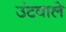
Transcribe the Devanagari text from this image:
उंटवाले